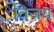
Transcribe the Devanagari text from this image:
विजय